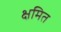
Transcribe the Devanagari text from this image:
क्षमित